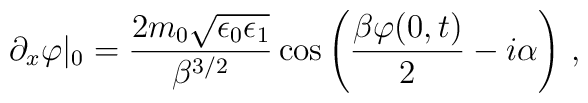
\partial_{x}\varphi|_{0}=\frac{2m_{0}\sqrt{\epsilon_{0}\epsilon_{1}}}{\beta^{3/2}}\cos \left(\frac{\beta \varphi(0,t)}{2}-i\alpha\right)\,,